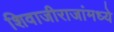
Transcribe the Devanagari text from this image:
शिवाजीराजांमध्ये